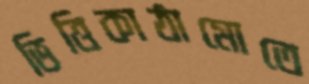
ভিত্তিকাঠামোতে